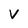
Character: V